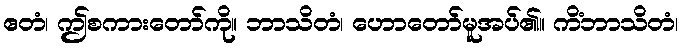
ဧတံ၊ ဤစကားတော်ကို။ ဘာသိတံ၊ ဟောတော်မူအပ်၏။ ကိံဘာသိတံ၊